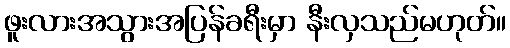
ဖူးလားအသွားအပြန်ခရီးမှာ နီးလှသည်မဟုတ်။